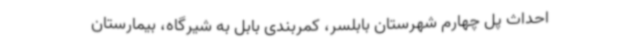
احداث پل چهارم شهرستان بابلسر، کمربندی بابل به شیرگاه، بیمارستان